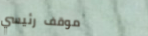
موقف رئيسي